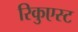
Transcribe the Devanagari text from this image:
रिकुएस्ट